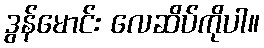
ဒွန်မောင်း လေဆိပ်ကိုပါ။